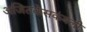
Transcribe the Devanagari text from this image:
अजितकेसकंबली